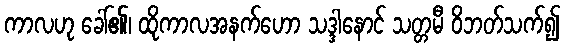
ကာလဟု ခေါ်၏၊ ထိုကာလအနက်ဟော သဒ္ဒါနောင် သတ္တမီ ဝိဘတ်သက်၍